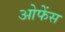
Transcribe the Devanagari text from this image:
ओफेंस